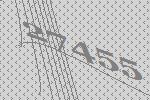
27455